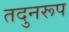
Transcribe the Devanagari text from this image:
तदुनरूप